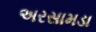
અરસામડા